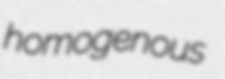
homogenous